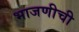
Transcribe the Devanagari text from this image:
भाजणीची